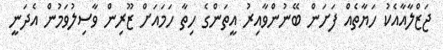
ޖަޒްލާއާއެކު ހަޔާތެއް ފަށަން ބޭނުންވާއިރު އީތަންގެ ހިތާ ހަމައަށް ޒޫރިން ވާސިލުވަމުން އެދަނީ